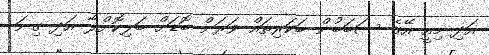
އަދި މިއީ އޭގެ ސަބަބުން ބަކަރިތައް ވަރަށް ބޮޑަށް ބަލިކޮށްލާ އަދި ގިނަ